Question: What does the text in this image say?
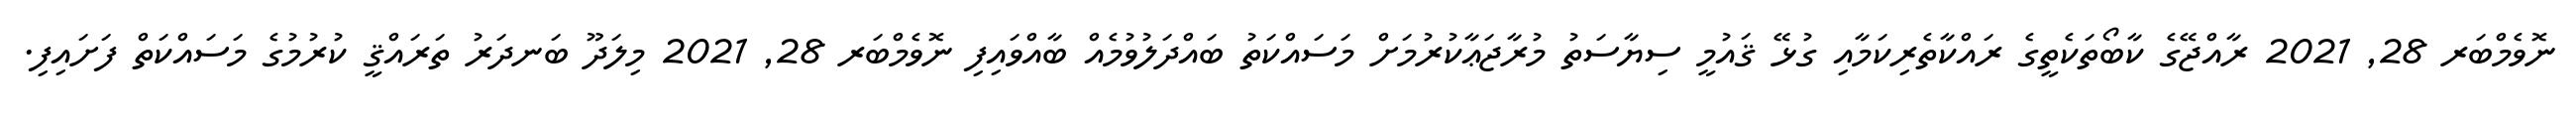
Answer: ނޮވެމްބަރ 28, 2021 ރާއްޖޭގެ ކާބޯތަކެތީގެ ރައްކާތެރިކަމާއި ގުޅޭ ޤައުމީ ސިޔާސަތު މުރާޖަޢާކުރުމަށް މަސައްކަތު ބައްދަލުވުމެއް ބާއްވައިފި ނޮވެމްބަރ 28, 2021 މިލަދޫ ބަނދަރު ތަރައްޤީ ކުރުމުގެ މަސައްކަތް ފަށައިފި.